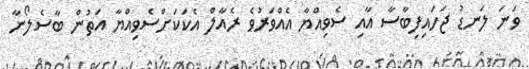
ވަނަ ލަނޑު ޖަހައިފިބާސާ އާއި ސެވިއްޔާ އެއްވަރުވެ ރެއާލް އެކަކަށްސެވިއްޔާ އަތުން ބާސެލޯނާ